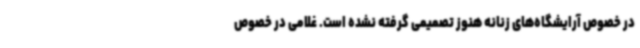
در خصوص آرایشگاه‌های زنانه هنوز تصمیمی گرفته نشده است. غلامی در خصوص